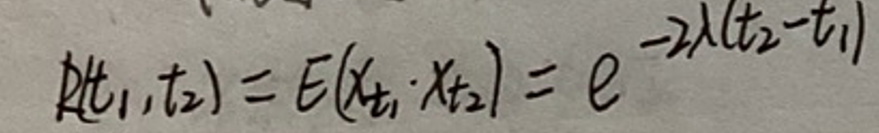
\[
R(t_1,t_2)=E(x_{t_1}x_{t_2})=e^{-2\lambda|t_2 - t_1|}
\]